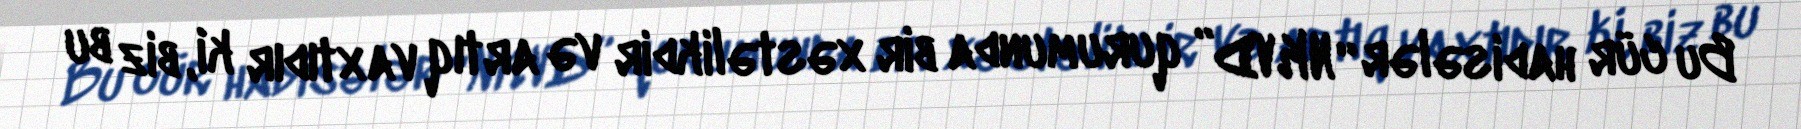
Bu cür hadisələr “NKVD” qurumunda bir xəstəlikdir və artıq vaxtıdır ki, biz bu